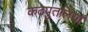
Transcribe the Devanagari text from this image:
कठपुतलियाँ